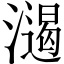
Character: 𣿌